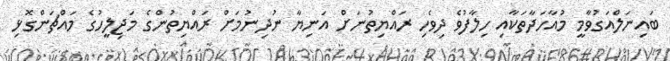
ބައިނަލްއަގުވާމީ މުއާހަދާތަކާއި ހިލާފުވެ ދިވެހި ރައްޔިތުނަށް އަނިޔާ ނުދިނުމަށް ރައްޔިތުންގެ މަޖިލީހުގެ މައްޗަންގޮޅި